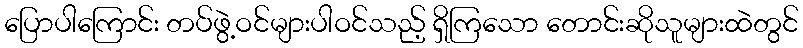
ပြောပါကြောင်း တပ်ဖွဲ့ဝင်များပါဝင်သည့် ရှိကြသော တောင်းဆိုသူများထဲတွင်